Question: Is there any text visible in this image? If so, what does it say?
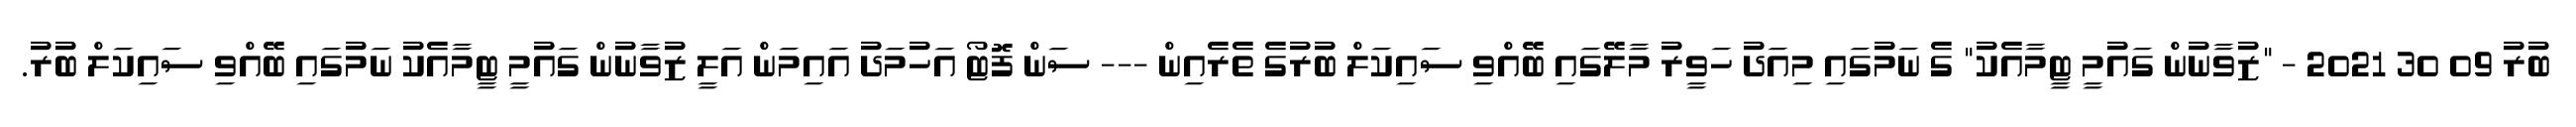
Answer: ބުރު 09 30 2021 - "ޒުވާނުން ގައުމީ ޓީމާއެކު" ގެ ނަމުގައި މިއަދު ހަވީރު މާލޭގައި ބޭއްވި ސައިކަލް ބުރުގެ ތެރެއިން --- ސަން ފޮޓޯ އަހުމަދު އައިމަން އަލީ ޒުވާނުން ގައުމީ ޓީމާއެކު ނަމުގައި ބޭއްވި ސައިކަލް ބުރު.